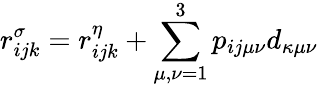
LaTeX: r_{ijk}^{\sigma}=r_{ijk}^{\eta}+\sum_{\mu,\nu=1}^{3}p_{ij\mu\nu}d_{\kappa\mu\nu}